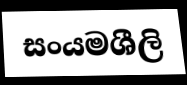
සංයමශීලි